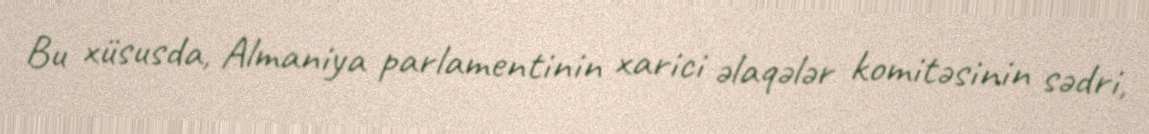
Bu xüsusda, Almaniya parlamentinin xarici əlaqələr komitəsinin sədri,